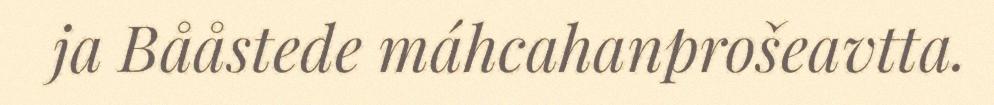
ja Bååstede máhcahanprošeavtta.